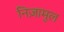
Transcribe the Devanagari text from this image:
निज़ामुल